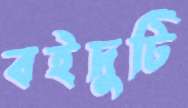
বইদুটি